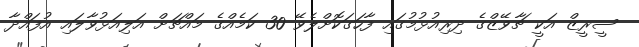
ސީރީޒް އަކީ ޗާވޭޒްގެ ދިރިއުޅުމުގައި ފާހަގަކޮށްލެވޭ 30 ކަމެއްގެ މައްޗަށް އަލިއަޅުވާލައި އުފައްދާ